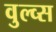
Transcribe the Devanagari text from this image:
वुल्व्स